Annual vaccination report of Bihar and Orissa - 1911-1928
Year: 1911
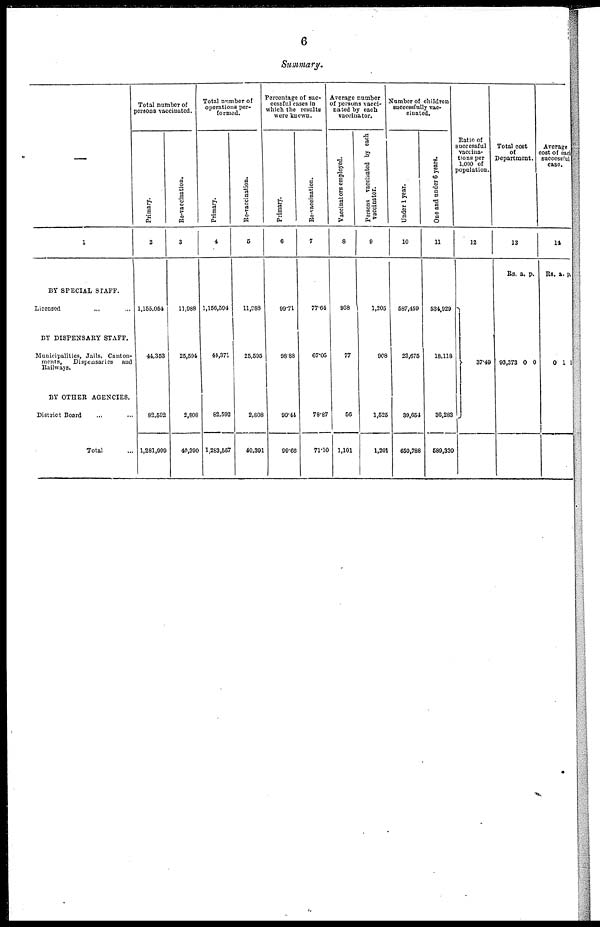
6
Summary.
1
BY SPECIAL STAFF.
Licensed ... ...
BY DISPENSARY STAFF.
Municipalities, Jails, Canton-
ments,
Dispensaries and
Railways.
BY OTHER AGENCIES.
District Board
Total
Total number of
persons vaccinated.
Primary.
2
1,155,054
44,353
82,502
1,281,999
Re-vaccination.
3
11,988
25,594
2,808
40,390
Total number of
operations per-
formed.
Primary.
4
1,156,594
44,371
82,592
1,283,557
Re-vaccination.
5
11,988
25,595
2,808
40,391
Percentage of suc-
cessful cases in
which the results
were known.
Primary.
6
99.71
98.88
90.44
99.66
Re-vaccination.
7
77.64
67.05
78.87
71.10
Average number
of persons vacci-
nated by each
vaccinator.
Vaccinators employed.
8
968
77
56
1,101
Persons vaccinated by each
vaccinator.
9
1,205
908
1,525
1,201
Number of children
successfully vac-
cinated.
Under 1 year.
10
587,459
23,675
39,654
650,788
One and under 6 years.
11
534,929
18,118
36,283
589,330
Ratio of
successful
vaccina-
tions per
1,000 of
population.
12
37.49
Total cost
of
Department.
13
Rs.
93,373
a.
0
p.
0
Average
cost of each
successful
case.
14
Rs.
0
a.
1
p.
1